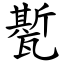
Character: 㽄